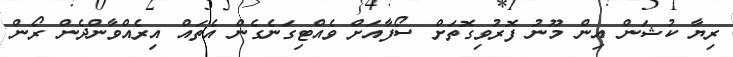
ރިޔާ ކުޝަން އިން މޫނު ފޮރުވިގޮތަށް ސޯފާއަށް ވެއްޓިގަނެގެން އެތައް އިރެއްވާންދެން ރޯން